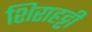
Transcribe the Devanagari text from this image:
शिराहट्टी